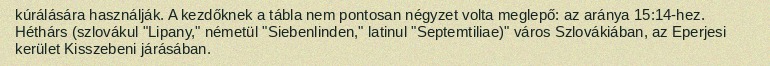
kúrálására használják. A kezdőknek a tábla nem pontosan négyzet volta meglepő: az aránya 15:14-hez. Héthárs (szlovákul "Lipany," németül "Siebenlinden," latinul "Septemtiliae)" város Szlovákiában, az Eperjesi kerület Kisszebeni járásában.